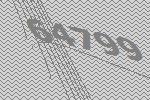
64799